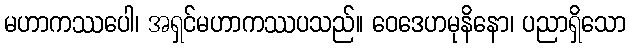
မဟာကဿပေါ၊ အရှင်မဟာကဿပသည်။ ဝေဒေဟမုနိနော၊ ပညာရှိသော